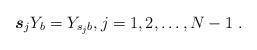
LaTeX: \begin{align*}\boldsymbol{s}_{j}Y_{b}=Y_{s_{j}b},j=1,2,\ldots ,N-1\;.\end{align*}